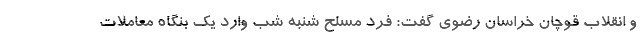
و انقلاب قوچان خراسان رضوی گفت: فرد مسلح شنبه شب وارد یک بنگاه معاملات